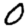
Digit: 0